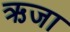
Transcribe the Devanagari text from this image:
ऋजा